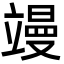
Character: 𮄸